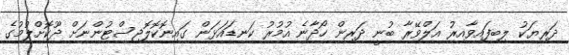
ދަރިޔަކު ލިބިފައިވާއިރު އަލްވޭރާ ބުނީ ދަރިން ހޯދާނެ އުމުރު ކަނޑައަޅަން ގައިނޮކޮލޮޖިސްޓުންނަށް ދޫކޮށްލުމުގެ